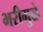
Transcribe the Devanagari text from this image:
भरीमुळे